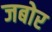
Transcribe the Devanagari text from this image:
जबोर